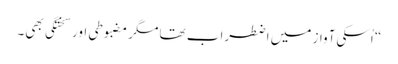
“ اُسکی آواز میں اضطراب تھا مگر مضبوطی اور سختگی بھی۔